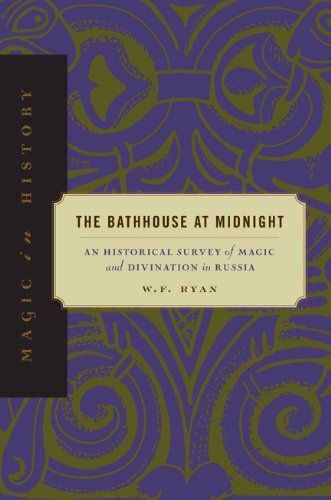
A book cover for The Bathhouse at Midnight: An Historical Survey of Magic and Divination in Russia (Magic in History); W. F. Ryan; Religion & Spirituality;